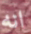
انه